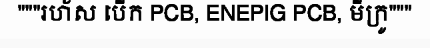
"""រហ័ស បើក PCB, ENEPIG PCB, មីក្រូ"""